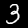
Label: 3